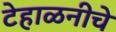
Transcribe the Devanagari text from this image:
टेहाळनीचे